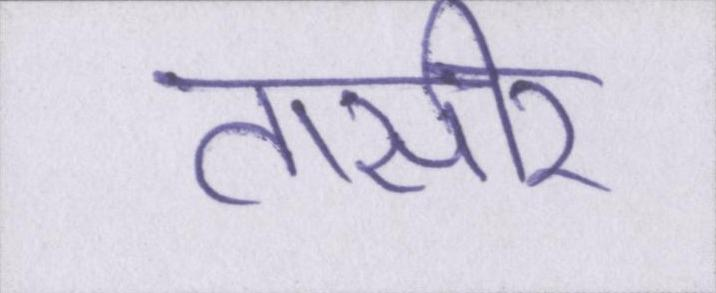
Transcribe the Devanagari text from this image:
तासीर